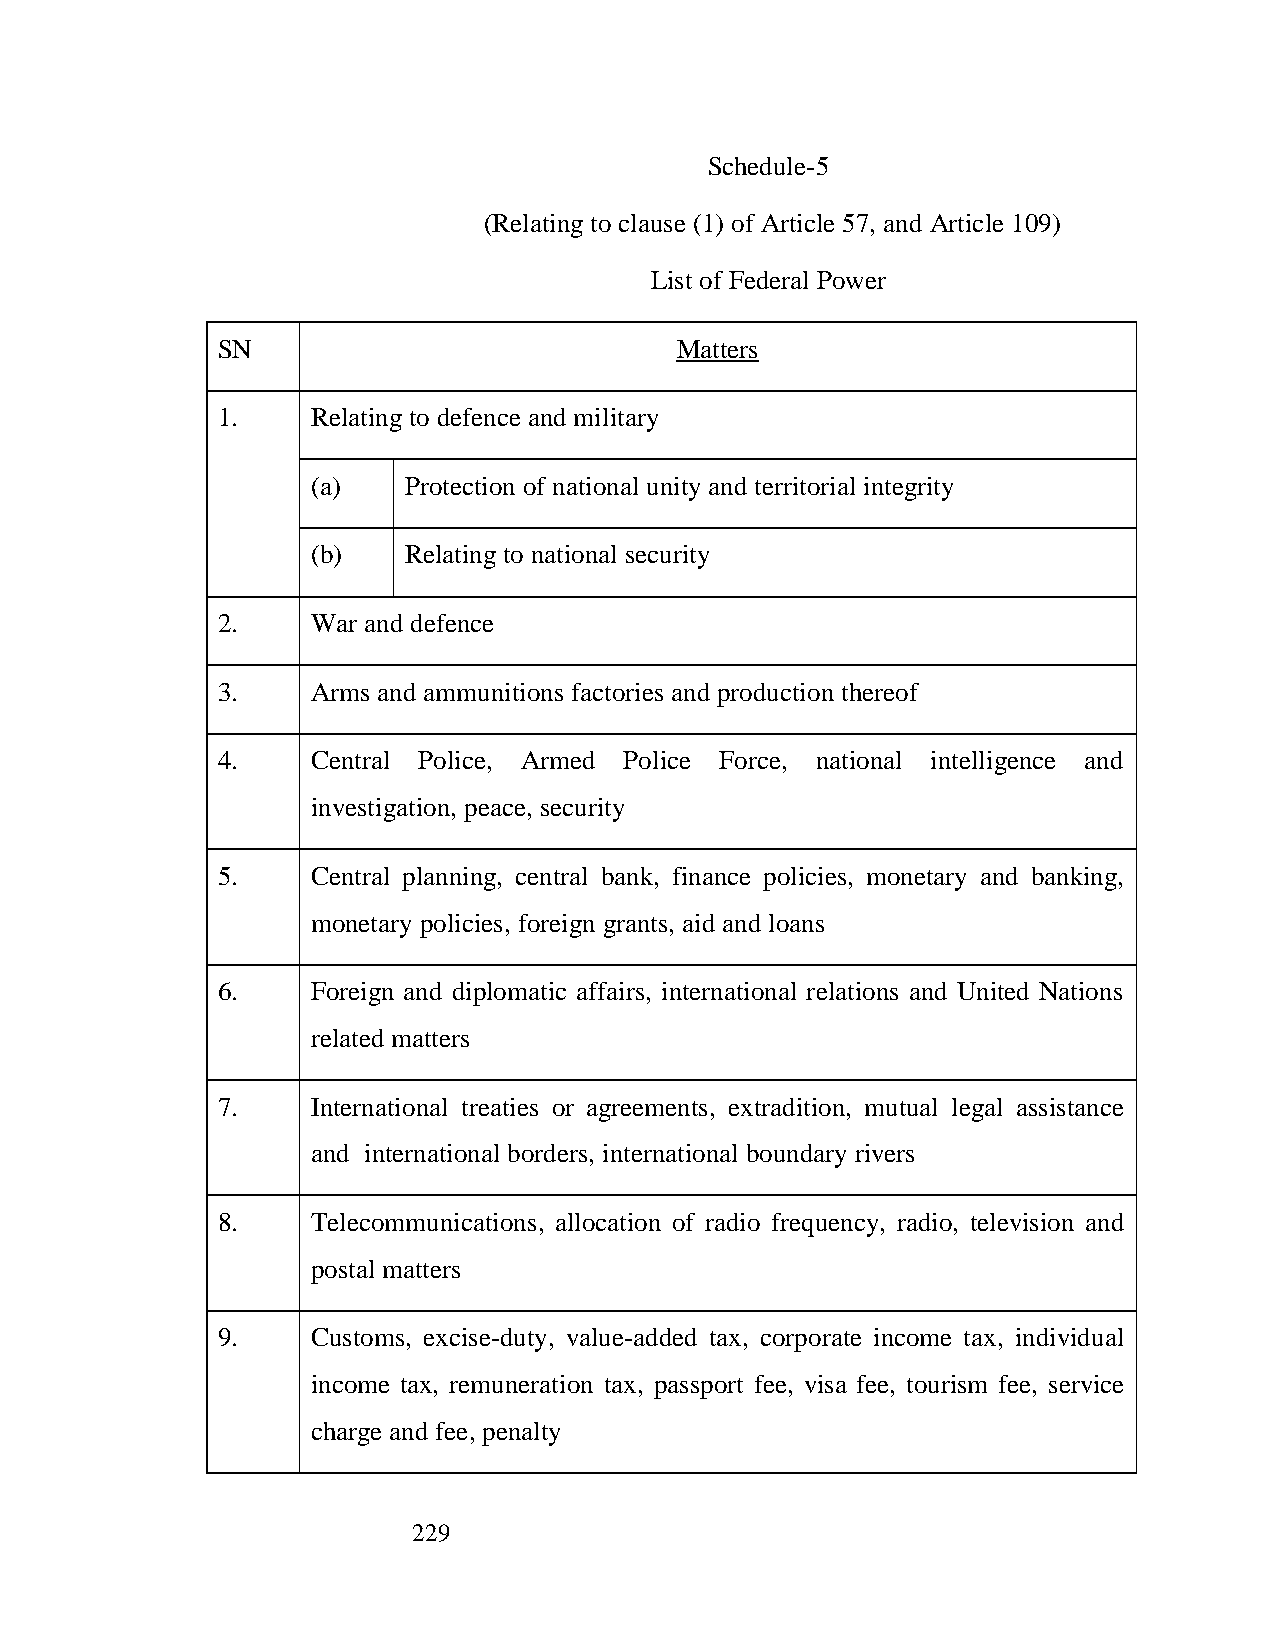
Schedule-5
 (Relating to clause (1) of Article 57, and Article 109)
 List of Federal Power
 SN                             Matters
 1.     Relating to defence and military
 (a)   Protection of national unity and territorial integrity
 (b)   Relating to national security
 2.     War and defence
 3.     Arms and ammunitions factories and production thereof
 4.     Central Police, Armed Police Force, national intelligence and
 investigation, peace, security
 5.     Central planning, central bank, finance policies, monetary and banking,
 monetary policies, foreign grants, aid and loans
 6.     Foreign and diplomatic affairs, international relations and United Nations
 related matters
 7.     International treaties or agreements, extradition, mutual legal assistance
 and international borders, international boundary rivers
 8.     Telecommunications, allocation of radio frequency, radio, television and
 postal matters
 9.     Customs, excise-duty, value-added tax, corporate income tax, individual
 income tax, remuneration tax, passport fee, visa fee, tourism fee, service
 charge and fee, penalty
 229